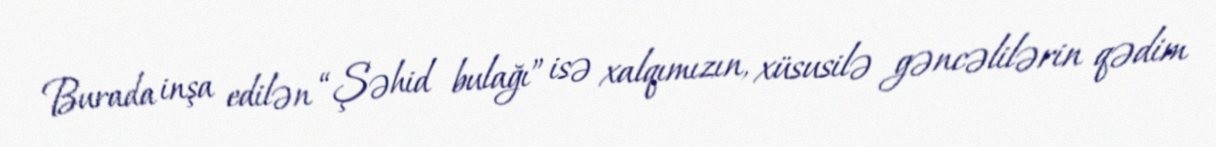
Burada inşa edilən “Şəhid bulağı” isə xalqımızın, xüsusilə gəncəlilərin qədim